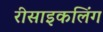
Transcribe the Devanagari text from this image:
रीसाइकलिंग